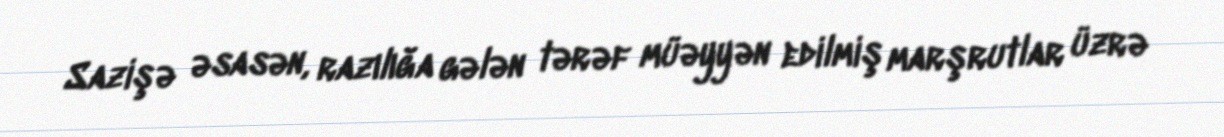
Sazişə əsasən, razılığa gələn tərəf müəyyən edilmiş marşrutlar üzrə